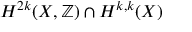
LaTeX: H ^ { 2 k } ( X , \mathbb { Z } ) \cap H ^ { k , k } ( X )